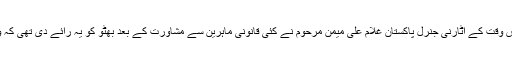
تاہم ریفرنڈم کرانے کی نوبت اس وجہ سے نہیں آسکی تھی کہ اُس وقت کے اٹارنی جنرل پاکستان غلام علی میمن مرحوم نے کئی قانونی ماہرین سے مشاورت کے بعد بھٹو کو یہ رائے دی تھی کہ وہ ریفرنڈم کے ذریعے صدارتی نظام لانے کا ارادہ ترک کردیں۔